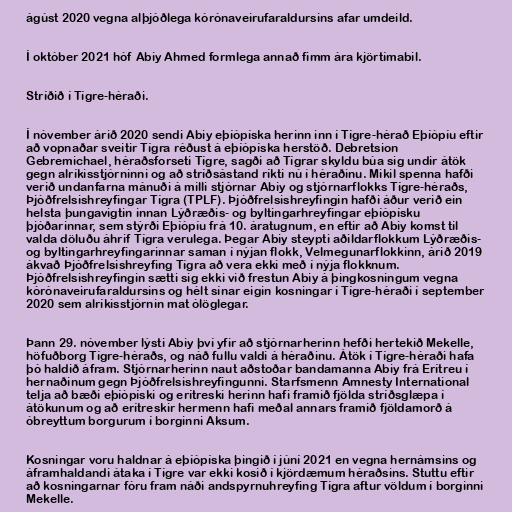
ágúst 2020 vegna alþjóðlega kórónaveirufaraldursins afar umdeild.

Í október 2021 hóf Abiy Ahmed formlega annað fimm ára kjörtímabil.

Stríðið í Tígre-héraði.

Í nóvember árið 2020 sendi Abiy eþíópíska herinn inn í Tígre-hérað Eþíópíu eftir
að vopnaðar sveitir Tígra réðust á eþíópíska herstöð. Debretsion
Gebremichael, héraðsforseti Tígre, sagði að Tígrar skyldu búa sig undir átök
gegn alríkisstjórninni og að stríðsástand ríkti nú í héraðinu. Mikil spenna hafði
verið undanfarna mánuði á milli stjórnar Abiy og stjórnarflokks Tígre-héraðs,
Þjóðfrelsishreyfingar Tígra (TPLF). Þjóðfrelsishreyfingin hafði áður verið ein
helsta þungavigtin innan Lýðræðis- og byltingarhreyfingar eþíópísku
þjóðarinnar, sem stýrði Eþíópíu frá 10. áratugnum, en eftir að Abiy komst til
valda döluðu áhrif Tígra verulega. Þegar Abiy steypti aðildarflokkum Lýðræðis-
og byltingarhreyfingarinnar saman í nýjan flokk, Velmegunarflokkinn, árið 2019
ákvað Þjóðfrelsishreyfing Tígra að vera ekki með í nýja flokknum.
Þjóðfrelsishreyfingin sætti sig ekki við frestun Abiy á þingkosningum vegna
kórónaveirufaraldursins og hélt sínar eigin kosningar í Tígre-héraði í september
2020 sem alríkisstjórnin mat ólöglegar.

Þann 29. nóvember lýsti Abiy því yfir að stjórnarherinn hefði hertekið Mekelle,
höfuðborg Tígre-héraðs, og náð fullu valdi á héraðinu. Átök í Tígre-héraði hafa
þó haldið áfram. Stjórnarherinn naut aðstoðar bandamanna Abiy frá Erítreu í
hernaðinum gegn Þjóðfrelsishreyfingunni. Starfsmenn Amnesty International
telja að bæði eþíópíski og erítreski herinn hafi framið fjölda stríðsglæpa í
átökunum og að erítreskir hermenn hafi meðal annars framið fjöldamorð á
óbreyttum borgurum í borginni Aksum.

Kosningar voru haldnar á eþíópíska þingið í júní 2021 en vegna hernámsins og
áframhaldandi átaka í Tígre var ekki kosið í kjördæmum héraðsins. Stuttu eftir
að kosningarnar fóru fram náði andspyrnuhreyfing Tígra aftur völdum í borginni
Mekelle.